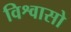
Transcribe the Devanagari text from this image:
विश्वासो